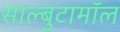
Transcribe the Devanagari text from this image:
साल्बुटामॉल